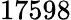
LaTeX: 17598